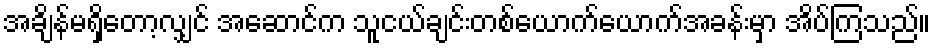
အချိန်မရှိတော့လျှင် အဆောင်က သူငယ်ချင်းတစ်ယောက်ယောက်အခန်းမှာ အိပ်ကြသည်။